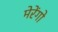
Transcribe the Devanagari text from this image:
मेरेंगो